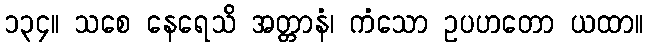
၁၃၄။ သစေ နေရေသိ အတ္တာနံ၊ ကံသော ဥပဟတော ယထာ။